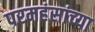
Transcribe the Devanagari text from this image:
परमहंसांच्या